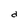
Character: d